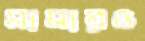
মামারও